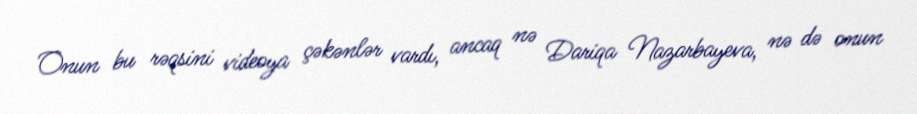
Onun bu rəqsini videoya çəkənlər vardı, ancaq nə Dariqa Nazarbayeva, nə də onun